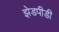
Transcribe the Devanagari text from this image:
झेडपीडी